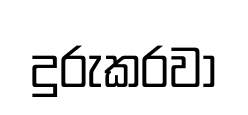
දුරුකරවා